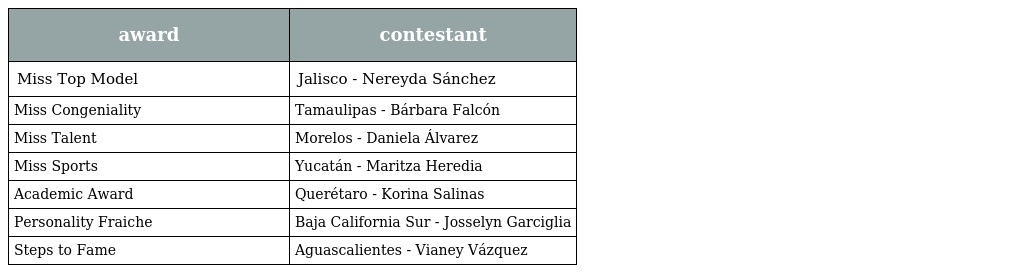
| award | contestant |
 | --- | --- |
 | Miss Top Model | Jalisco - Nereyda Sánchez |
 | Miss Congeniality | Tamaulipas - Bárbara Falcón |
 | Miss Talent | Morelos - Daniela Álvarez |
 | Miss Sports | Yucatán - Maritza Heredia |
 | Academic Award | Querétaro - Korina Salinas |
 | Personality Fraiche | Baja California Sur - Josselyn Garciglia |
 | Steps to Fame | Aguascalientes - Vianey Vázquez |